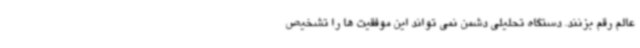
عالم رقم بزنند. دستگاه تحلیلی دشمن نمی تواند این موفقیت ها را تشخیص